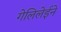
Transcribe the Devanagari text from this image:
गेलिलेईने